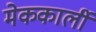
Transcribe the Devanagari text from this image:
मेककार्ली